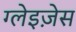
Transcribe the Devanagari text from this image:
ग्लेइज़ेस